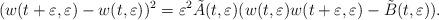
LaTeX: \begin{align*}(w(t+\varepsilon,\varepsilon)-w(t,\varepsilon))^2=\varepsilon^2\tilde{A}(t,\varepsilon)(w(t,\varepsilon)w(t+\varepsilon,\varepsilon)-\tilde{B}(t,\varepsilon)).\end{align*}